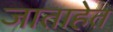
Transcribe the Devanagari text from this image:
जाताहेत